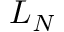
L _ { N }